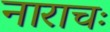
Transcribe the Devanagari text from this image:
नाराचः